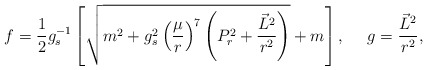
\begin{align*}f={1\over 2}g^{-1}_s\left[\sqrt{m^2+g^2_s\left({\mu\over r}\right)^7\left(P^2_r+{{\vec{L}^2}\over{r^2}}\right)}+m\right],\ \ \ \ g={{\vec{L}^2}\over {r^2}},\end{align*}